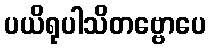
ပယိရုပါသိတဗ္ဗောပေ